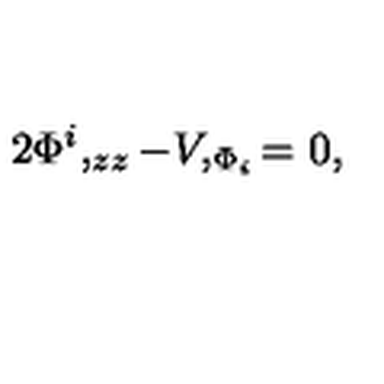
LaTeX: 2 \Phi ^ { i } , _ { z z } - V , _ { \Phi _ { i } } = 0 ,